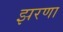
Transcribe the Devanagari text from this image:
झरणा